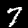
Label: 7